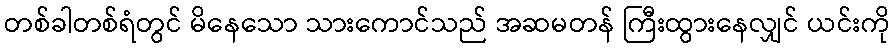
တစ်ခါတစ်ရံတွင် မိနေသော သားကောင်သည် အဆမတန် ကြီးထွားနေလျှင် ယင်းကို